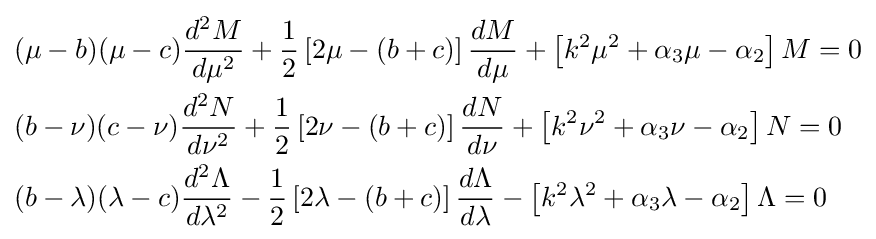
{\begin{aligned}&(\mu -b)(\mu -c){\frac {d^{2}M}{d\mu ^{2}}}+{\frac {1}{2}}\left[2\mu -(b+c)\right]{\frac {dM}{d\mu }}+\left[k^{2}\mu ^{2}+\alpha _{3}\mu -\alpha _{2}\right]M=0\\&(b-\nu )(c-\nu ){\frac {d^{2}N}{d\nu ^{2}}}+{\frac {1}{2}}\left[2\nu -(b+c)\right]{\frac {dN}{d\nu }}+\left[k^{2}\nu ^{2}+\alpha _{3}\nu -\alpha _{2}\right]N=0\\&(b-\lambda )(\lambda -c){\frac {d^{2}\Lambda }{d\lambda ^{2}}}-{\frac {1}{2}}\left[2\lambda -(b+c)\right]{\frac {d\Lambda }{d\lambda }}-\left[k^{2}\lambda ^{2}+\alpha _{3}\lambda -\alpha _{2}\right]\Lambda =0\\\end{aligned}}